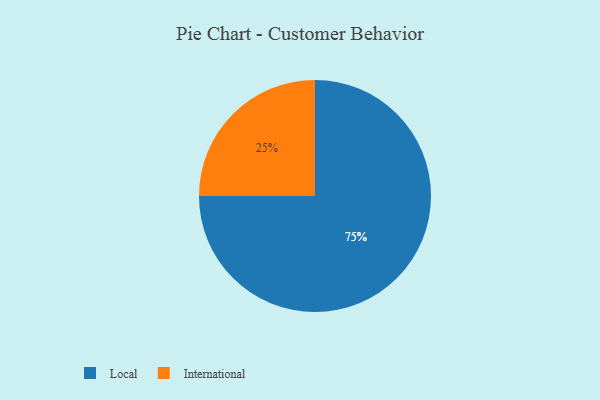
{"axis": {"x": "Category", "y": "Percentage"}, "legend": ["International", "Local"], "data": [{"x": "International", "y": 25, "type": "International"}, {"x": "Local", "y": 75, "type": "Local"}]}